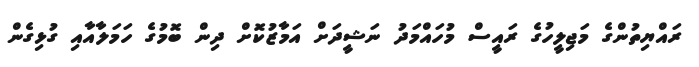
ރައްޔިތުންގެ މަޖިލީހުގެ ރައީސް މުހައްމަދު ނަޝީދަށް އަމާޒުކޮށް ދިން ބޮމުގެ ހަމަލާއާއި ގުޅިގެން